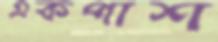
একপাশ